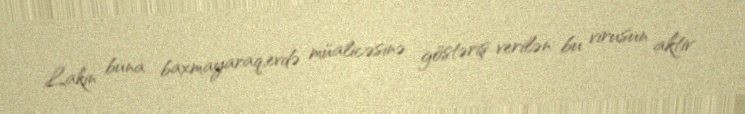
Lakin buna baxmayaraq,evdə müalicəsinə göstəriş verilən bu virusun aktiv